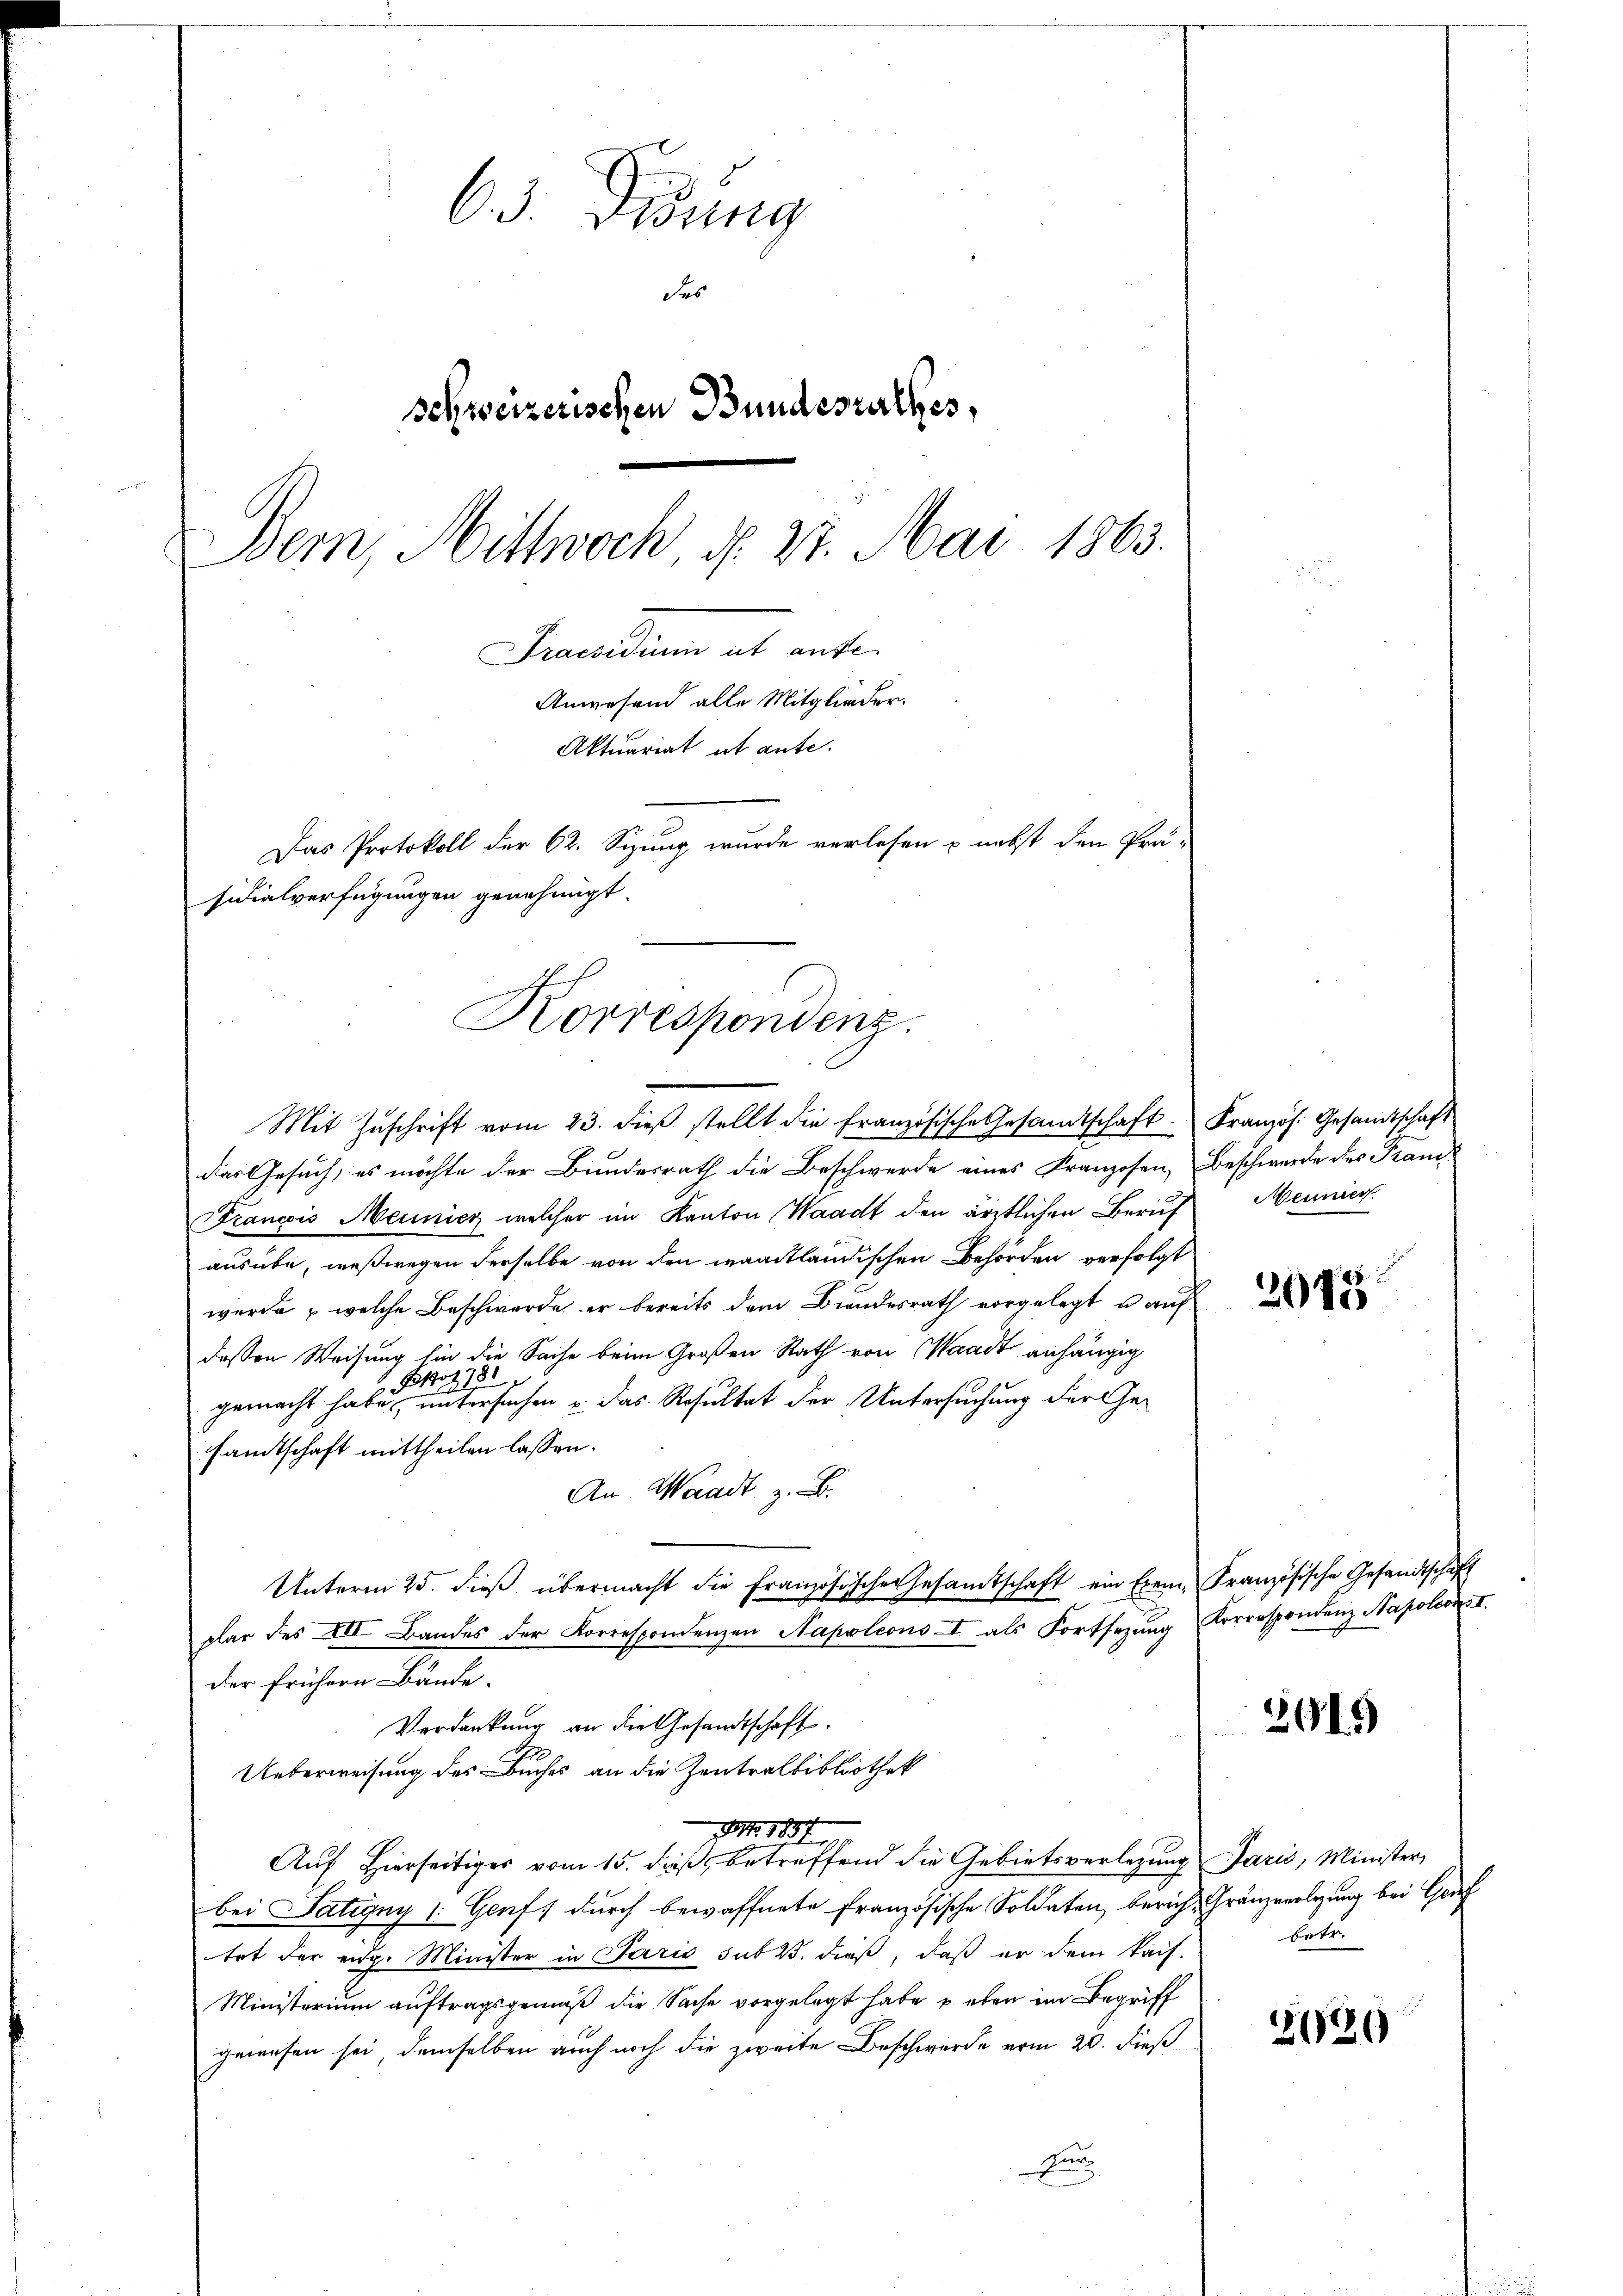
63. Didung
des
schweizerischen Bundesrathes,
Bern, Mittwoch, d. 27. Mai 1863.
Freundium ab ante.
Anwesend alle Mitglieder.
Aktuariat et ante.
Das Protokoll der 62. Sizung wurde verlesen & nebst den Prä-
sidialverfügungen genehmigt.

Korrespondenz.
Mit Zuschrift vom 23. dieβ stellt die Französische Gesandtschaft Kranzös. Gesandtschaft

das Gesuch, es möchte der Bundesrath die Beschwerde eines Franzosen, Beschwerde des Franz
Francois Meinicz welcher im Kanton Waadt den ärztlichen Beruf
ausübe, weßwegen derselbe von den waadtländischen Behörden verfolgt
werde u welche Beschwerde er bereits dem Bŭndesrath vorgelegt u auf
dessen Weisung sie die Sache beim Großen Rath von Waadt anhängig
Bot, 181
gemacht habe, untersuchen u. das Resultat der Untersuchung der Gesamtschaft mittheilen lassen.
An Waadt z. B.
Unterm 25. dieβ übermacht die Französischen Gesamtschaft ein Exem- Französische Gesandtschaft
plar des III Bandes der Korrespondenzen Napoleons I als Fortsezung Korrespondenz Napoleon I.
der frühern Bände.
Verdankung an die Gesandtschaft.
Ueberweisung des Buches an die Zentralbibliothek
M. 1837
Auf Hierseitiges vom 15. dieß, betreffend die Gebietsverlegung Paris, Minister,
bei Satigny 1: Genf durch bewaffnete französische Soldaten, berich, Gränzverlegung bei Gef
tet der eidg. Minister in Paris sub 23. dieß, daß er dem kais.
Ministerium auftragsgemäß die Sache vorgelegt habe eben im Begriff
gewesen sei, demselben auch noch die zweite Beschwerde vom 20. dieß
fun

Meuniert.

2048

3915

bete

2420